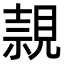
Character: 𧡘